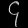
Digit: ၄